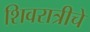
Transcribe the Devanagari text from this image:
शिवरात्रीचे